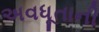
અવધૂતાની